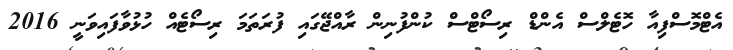
އެޓްމޮސްފިއާ ހޮޓެލްސް އެންޑް ރިސޯޓްސް ކުންފުނިން ރާއްޖޭގައި ފުރަތަމަ ރިސޯޓެއް ހުޅުވާފައިވަނީ 2016